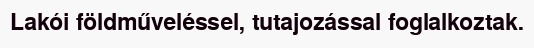
Lakói földműveléssel, tutajozással foglalkoztak.